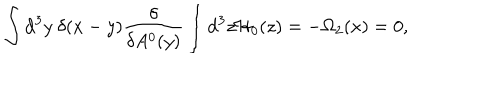
\int \mathrm { d } ^ { 3 } y ~ \delta ( x - y ) \frac { \delta } { \delta A ^ { 0 } ( y ) } \int \mathrm { d } ^ { 3 } z { \cal H } _ { 0 } ( z ) = - \Omega _ { 2 } ( x ) = 0 ,